Annual administration report of the Civil Veterinary Department of India - 1894-1895
Year: 1894
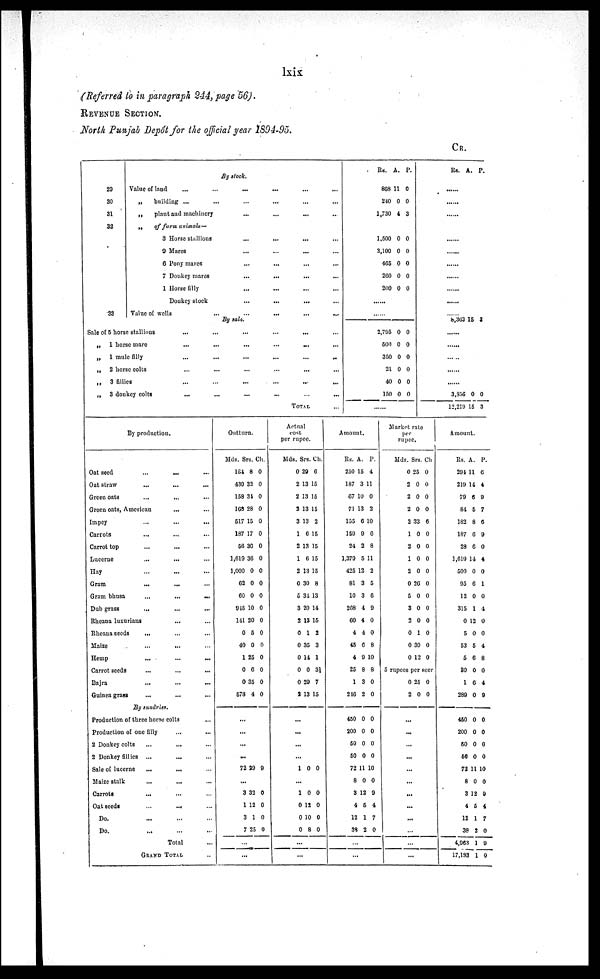
lxix
(Referred to in paragraph 244, page 56).
REVENUE SECTION.
North Punjab Depôt for the official year 1894-95.
CR.
By stock.
20
30
31
32
33
Value of land
...
...
...
...
...
...
„
building ... ... ... ... ... ...
„
plant and machinery
...
...
... ...
„
of farm animals—
3 Horse stallions
...
...
...
...
9 Mares ... ... ...
6 Pony mares
... ... ... ...
7 Donkey mares
...
...
...
...
1 Horse
filly
...
...
... ...
Donkey stock
... ... ... ...
Value of wells
... ... ... ...
By sale.
Sale of 5 horse stallions
...
...
...
...
... ...
„
1 horse mare
...
...
...
...
... ...
„
1 mule
filly
...
...
...
...
...
...
„
2 horse colts
...
...
...
...
... ...
„
3
fillies
...
...
...
...
...
...
„
3 donkey colts
...
...
...
...
...
...
TOTAL ...
Rs.
868
240
1,730
A.
11
0
4
P.
0
0
3
1.500
3,100
465
260
200
0
0
0
0
0
0
0
0
0
0
....
2,795
500
350
21
40
150
0
0
0
0
0
0
0
0
0
0
0
0
.....
Rs.
A. P.
......
.....
.....
.....
.....
.....
.....
.....
.....
.....
8,363 15 3
....
.....
.....
.....
.....
3,356
12,219
0
15
0
3
By production.
Oat seed
... ... ...
Oat straw
... ... ...
Green oats
...
... ...
Green oats, American
... ...
Impey
...
...
...
Carrots
...
... ...
Carrot top
... ... ...
Lucerne
... ... ...
Hay
...
... ...
Gram
... ... ...
Gram bhusa
...
...
...
Dub grass
...
...
...
Rheana luxurians
... ... ...
Rheana seeds ... ... ...
Maize
... ...
Hemp
...
...
...
Carrot seeds ... ... ...
Bajra
...
...
...
Guinea grass
... ...
By sundries.
Production of three horse colts ...
Production of one filly ... ...
2 Donkey colts
...
... ...
2 Donkey fillics ...
... ...
Sale of lucerne
...
... ...
Maize stalk
...
... ...
Carrots ... ... ...
Oat seeds
...
... ...
Do. ... ... ...
Do.
...
...
...
Total ...
GRAND TOTAL ...
Outturn.
Mds.
184
439
158
163
517
187
56
1,619
1,000
62
60
945
141
0
40
1
0
0
578
Srs.
8
32
34
28
15
17
30
36
0
0
0
10
20
5
0
25
6
35
4
Ch.
0
0
0
0
0
0
0
0
0
0
0
0
0
0
0
0
0
0
0
...
...
...
...
72 29 9
...
3
1
3
7
32
12
1
25
0
0
0
0
...
...
Actual
cost
per rupee.
Mds.
0
2
2
3
3
1
2
1
2
0
5
3
2
0
0
0
0
0
2
Srs.
29
13
13
13
13
6
13
6
13
30
34
20
13
1
35
14
0
29
13
Ch.
6
15
15
15
2
15
15
15
15
8
13
14
15
2
3
1
3½
7
15
...
...
...
...
1 0 0
...
1
0
0
0
0
12
10
8
0
0
0
0
...
...
Amount.
Rs.
250
187
67
71
155
159
24
1,379
425
81
10
268
60
4
45
4
25
1
246
A.
15
3
10
13
6
9
2
5
12
3
3
4
4
4
6
9
8
3
2
P.
4
11
0
2
10
6
8
11
2
5
6
9
0
0
8
10
8
0
0
450
200
50
50
72
8
3
4
12
39
0
0
0
0
11
0
12
5
1
2
0
0
0
0
10
0
9
4
7
0
...
...
Market rate
per
rupee.
Mds.
0
2
2
2
2
1
2
1
2
0
5
3
2
0
0
0
Srs.
25
0
0
0
33
0
0
0
0
26
0
0
0
1
30
12
Ch
0
0
0
0
6
0
0
0
0
0
0
0
0
0
0
0
5 rupees per seer
0
2
25
0
0
0
...
...
...
...
...
...
...
...
...
...
...
...
Amount.
Rs.
294
219
79
84
182
187
28
1,619
500
95
12
315
0
5
53
5
30
1
289
A.
11
14
6
5
8
6
6
14
0
6
0
1
12
0
5
6
0
6
0
P.
6
4
9
7
6
9
0
4
0
1
0
4
0
0
4
8
0
4
9
450
200
50
50
72
8
3
4
12
38
4,963
17,133
0
0
0
0
11
0
12
5
1
2
1
1
0
0
0
0
10
0
9
4
7
0
9
0